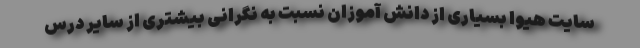
سایت هیوا بسیاری از دانش آموزان نسبت به نگرانی بیشتری از سایر درس